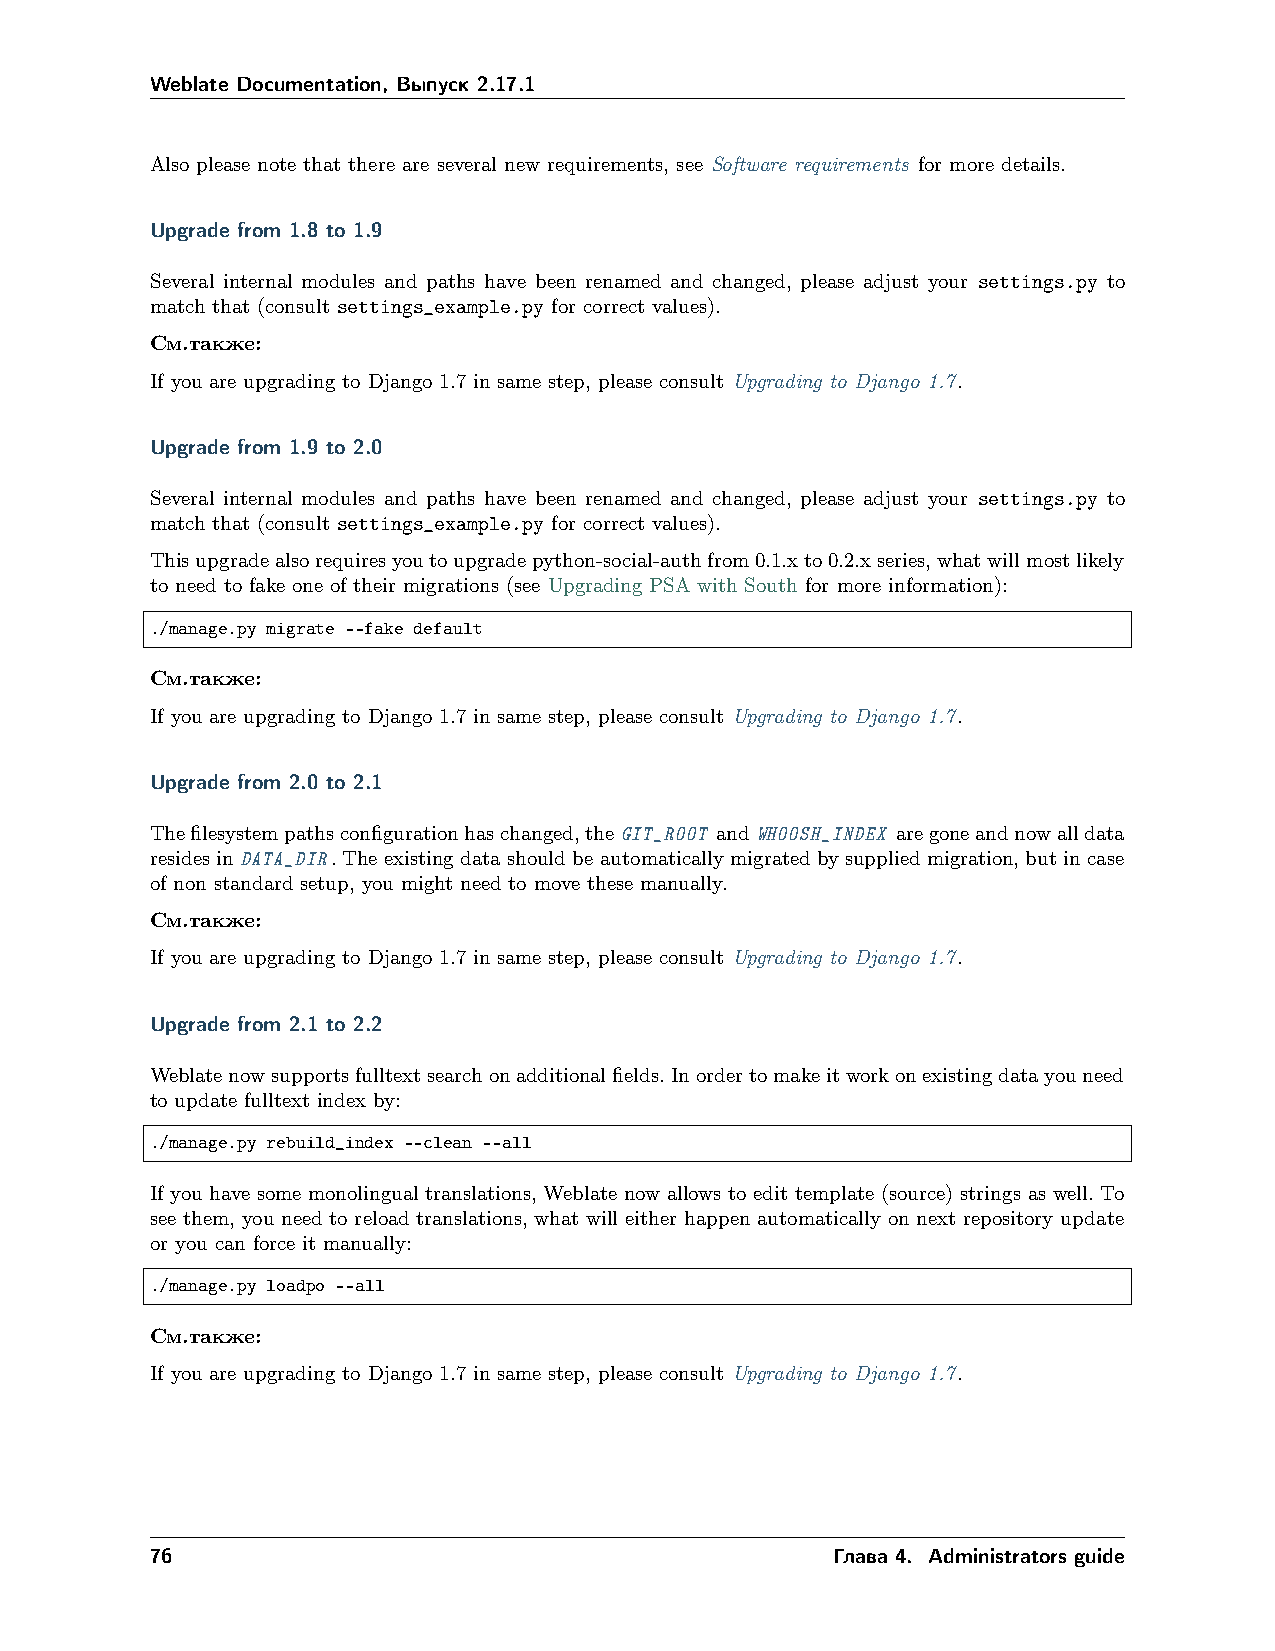
Weblate Documentation, Выпуск 2.17.1
 Also please note that there are several new requirements, see Software requirements for more details.
 Upgrade from 1.8 to 1.9
 Several internal modules and paths have been renamed and changed, please adjust your settings.py to
 match that (consult settings_example.py for correct values).
 См.также:
 If you are upgrading to Django 1.7 in same step, please consult Upgrading to Django 1.7.
 Upgrade from 1.9 to 2.0
 Several internal modules and paths have been renamed and changed, please adjust your settings.py to
 match that (consult settings_example.py for correct values).
 Thisupgradealsorequiresyoutoupgradepython-social-authfrom0.1.xto0.2.xseries,whatwillmostlikely
 to need to fake one of their migrations (see Upgrading PSA with South for more information):
 ./manage.py migrate --fake default
 См.также:
 If you are upgrading to Django 1.7 in same step, please consult Upgrading to Django 1.7.
 Upgrade from 2.0 to 2.1
 Thefilesystempathsconfigurationhaschanged,theGIT_ROOT andWHOOSH_INDEX aregoneandnowalldata
 resides in DATA_DIR. The existing data should be automatically migrated by supplied migration, but in case
 of non standard setup, you might need to move these manually.
 См.также:
 If you are upgrading to Django 1.7 in same step, please consult Upgrading to Django 1.7.
 Upgrade from 2.1 to 2.2
 Weblatenowsupportsfulltextsearchonadditionalfields.Inordertomakeitworkonexistingdatayouneed
 to update fulltext index by:
 ./manage.py rebuild_index --clean --all
 If you have some monolingual translations, Weblate now allows to edit template (source) strings as well. To
 see them, you need to reload translations, what will either happen automatically on next repository update
 or you can force it manually:
 ./manage.py loadpo --all
 См.также:
 If you are upgrading to Django 1.7 in same step, please consult Upgrading to Django 1.7.
 76                                           Глава 4. Administrators guide